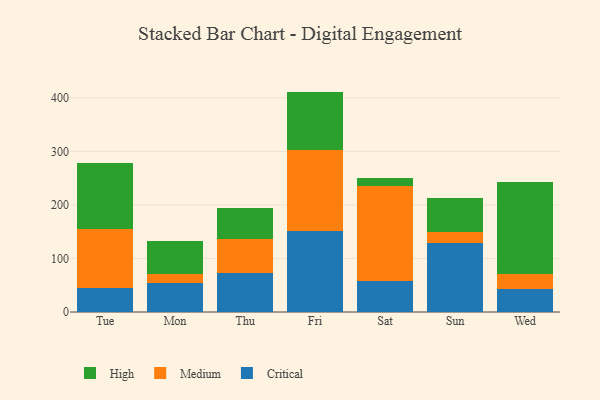
{"axis": {"x": "Day", "y": "Churn Rate (%)"}, "legend": ["Critical", "High", "Medium"], "data": [{"x": "Tue", "y": 44.8, "type": "Critical"}, {"x": "Tue", "y": 110.5, "type": "Medium"}, {"x": "Tue", "y": 122.7, "type": "High"}, {"x": "Mon", "y": 54.9, "type": "Critical"}, {"x": "Mon", "y": 15.6, "type": "Medium"}, {"x": "Mon", "y": 62.8, "type": "High"}, {"x": "Thu", "y": 72.8, "type": "Critical"}, {"x": "Thu", "y": 62.7, "type": "Medium"}, {"x": "Thu", "y": 59.5, "type": "High"}, {"x": "Fri", "y": 150.6, "type": "Critical"}, {"x": "Fri", "y": 152.3, "type": "Medium"}, {"x": "Fri", "y": 108.7, "type": "High"}, {"x": "Sat", "y": 58.4, "type": "Critical"}, {"x": "Sat", "y": 176.0, "type": "Medium"}, {"x": "Sat", "y": 15.0, "type": "High"}, {"x": "Sun", "y": 129.7, "type": "Critical"}, {"x": "Sun", "y": 19.8, "type": "Medium"}, {"x": "Sun", "y": 64.0, "type": "High"}, {"x": "Wed", "y": 42.7, "type": "Critical"}, {"x": "Wed", "y": 29.2, "type": "Medium"}, {"x": "Wed", "y": 170.7, "type": "High"}]}